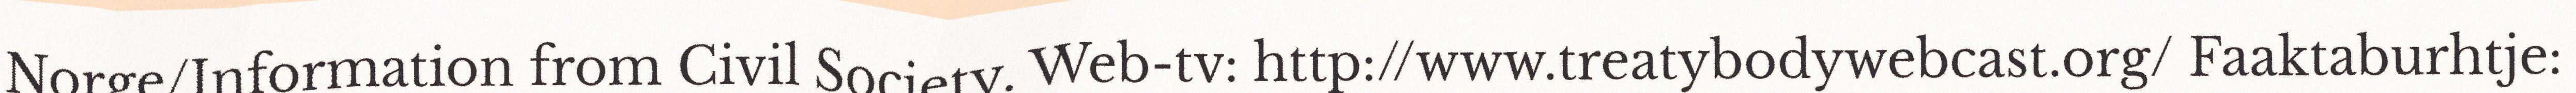
Norge/Information from Civil Society. Web-tv: http://www.treatybodywebcast.org/ Faaktaburhtje: